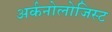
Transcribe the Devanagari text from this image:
अर्कनोलोजिस्ट